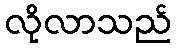
လိုလာသည်